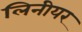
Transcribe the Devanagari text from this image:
लिनीयर